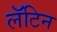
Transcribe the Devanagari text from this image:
लॅॅॅटिन